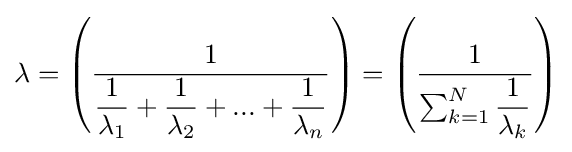
\lambda =\left({\dfrac {1}{{\dfrac {1}{\lambda _{1}}}+{\dfrac {1}{\lambda _{2}}}+...+{\dfrac {1}{\lambda _{n}}}}}\right)=\left({\dfrac {1}{\sum _{k=1}^{N}{\dfrac {1}{\lambda _{k}}}}}\right)